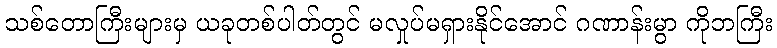
သစ်တောကြီးများမှ ယခုတစ်ပါတ်တွင် မလှုပ်မရှားနိုင်အောင် ဂဏာန်းမွာ ကိုဘကြီး